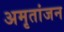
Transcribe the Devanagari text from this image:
अमृतांजन